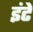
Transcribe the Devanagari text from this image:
इंटें